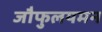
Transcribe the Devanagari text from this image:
जौफुलयमन